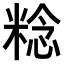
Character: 𥺴